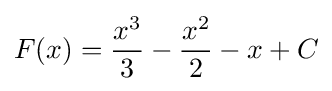
F(x)={\frac {x^{3}}{3}}-{\frac {x^{2}}{2}}-x+C